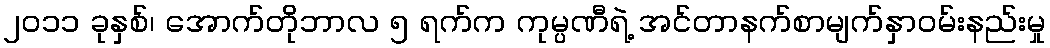
၂၀၁၁ ခုနှစ်၊ အောက်တိုဘာလ ၅ ရက်က ကုမ္ပဏီရဲ့ အင်တာနက်စာမျက်နှာဝမ်းနည်းမှု